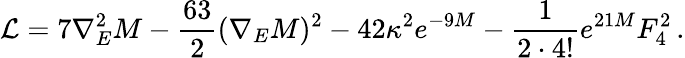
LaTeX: \mathcal{L}=7\nabla_{E}^{2}M-\frac{63}{2}(\nabla_{E}M)^{2}-42\kappa^{2}e^{-9M}-\frac{1}{2\cdot 4!}e^{21M}F_{4}^{2}\, .